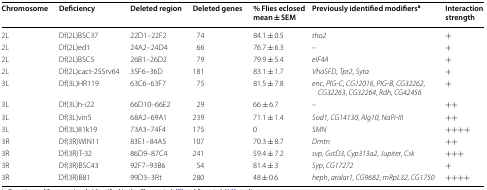
<table><thead><tr><td><b>Chromosome</b></td><td><b>Deficiency</b></td><td><b>Deleted region</b></td><td><b>Deleted genes</b></td><td><b>% Flies eclosed mean ± SEM</b></td><td><b>Previously identified modifiers<sup>a</sup></b></td><td><b>Interaction strength</b></td></tr></thead><tbody><tr><td>2L</td><td>Df(2L)BSC37</td><td>22D1–22F2</td><td>74</td><td>84.1 ± 0.5</td><td><i>tho2</i></td><td>+</td></tr><tr><td>2L</td><td>Df(2L)ed1</td><td>24A2–24D4</td><td>66</td><td>76.7 ± 6.3</td><td>–</td><td>+</td></tr><tr><td>2L</td><td>Df(2L)BSC5</td><td>26B1–26D2</td><td>79</td><td>79.9 ± 5.4</td><td><i>eIF4A</i></td><td>+</td></tr><tr><td>2L</td><td>Df(2L)cact-255rv64</td><td>35F6–36D</td><td>181</td><td>83.1 ± 1.7</td><td><i>VhaSFD</i>, <i>Tpr2</i>, <i>Sytα</i></td><td>+</td></tr><tr><td>3L</td><td>Df(3L)HR119</td><td>63C6–63F7</td><td>75</td><td>81.5 ± 7.8</td><td><i>enc</i>, <i>PIG</i>-<i>C</i>, <i>CG12016</i>, <i>PIG</i>-<i>B</i>, <i>CG32262</i>, <i>CG32263</i>, <i>CG32264</i>, <i>Rdh</i>, <i>CG42456</i></td><td>+</td></tr><tr><td>3L</td><td>Df(3L)h-i22</td><td>66D10–66E2</td><td>29</td><td>66 ± 6.7</td><td>–</td><td>++</td></tr><tr><td>3L</td><td>Df(3L)vin5</td><td>68A2–69A1</td><td>239</td><td>71.1 ± 1.4</td><td><i>Sod1</i>, <i>CG14130</i>, <i>Alg10</i>, <i>NaPi</i>-<i>III</i></td><td>++</td></tr><tr><td>3L</td><td>Df(3L)81k19</td><td>73A3–74F4</td><td>175</td><td>0</td><td><i>SMN</i></td><td>++++</td></tr><tr><td>3R</td><td>Df(3R)WIN11</td><td>83E1–84A5</td><td>107</td><td>70.3 ± 8.7</td><td><i>Dmtn</i></td><td>++</td></tr><tr><td>3R</td><td>Df(3R)T-32</td><td>86D9–87C4</td><td>241</td><td>59.4 ± 7.2</td><td><i>svp</i>, <i>GstD3</i>, <i>Cyp313a2</i>, <i>Jupiter</i>, <i>Csk</i></td><td>+++</td></tr><tr><td>3R</td><td>Df(3R)BSC43</td><td>92F7–93B6</td><td>54</td><td>81.4 ± 3</td><td><i>Syp</i>, <i>CG17272</i></td><td>+</td></tr><tr><td>3R</td><td>Df(3R)B81</td><td>99D3–3Rt</td><td>280</td><td>48 ± 0.6</td><td><i>heph</i>, <i>aralar1</i>, <i>CG9682</i>, <i>mRpL32</i>, <i>CG1750</i></td><td>++++</td></tr></tbody></table>